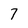
Character: 7